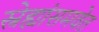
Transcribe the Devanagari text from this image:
स्नेह्यांसमवेत